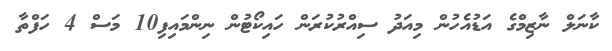
ކާނަލް ނާޒިމްގެ އަޑުއެހުން މިއަދު ސިއްރުކުރަން ހައިކޯޓުން ނިންމައިފި10 މަސް 4 ހަފްތާ